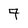
Character: 7